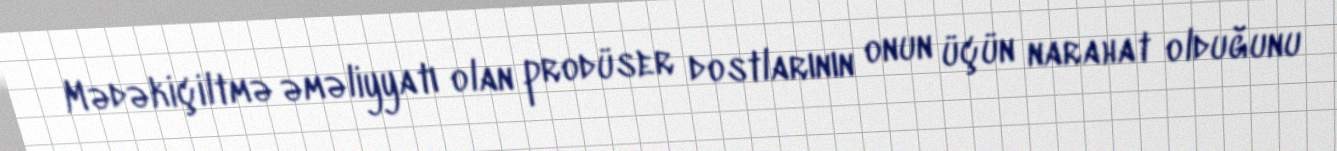
Mədəkiçiltmə əməliyyatı olan prodüser dostlarının onun üçün narahat olduğunu